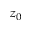
z _ { 0 }